Calcutta medical institutions reports 1871-78
Year: 1871
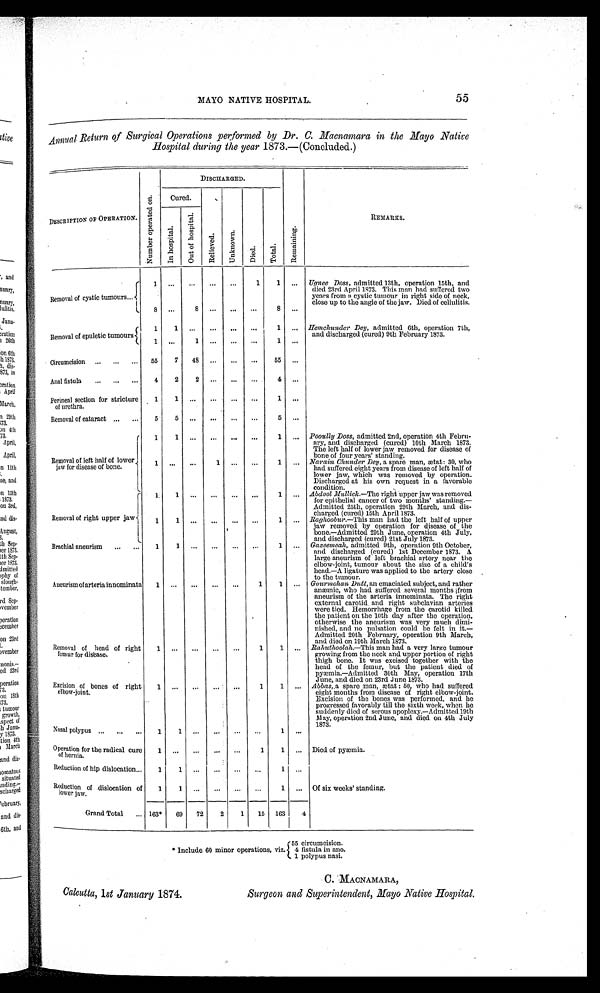
MAYO NATIVE HOSPITAL. 55
Annual Return of Surgical Operations performed by Dr. C. Macnamara in the Mayo Native
Hospital during the year 1873.— (Concluded.)
DESCRIPTION OF OPERATION.
N u m b e r o p e r a t e d o n .
DISCHARGED.
R e m a i n i n g .
REMARKS.
Cured.
Relieved.
Unknown.
D i e d . Total.
I n h o s p i t a l .
O u t o f h o s p i t a l .
Removal of cystic tumours
1 ...
...
...
...
1
1 ... Ugnee Doss, admitted 13th, operation 15th, and
died 23rd April 1873. This man had suffered two
years from a cystic tumour in right side of neck,
close up to the angle of the jaw. Died of cellulitis.
8 ...
8 ...
...
...
8 ...
Removal of epuletic tumours
1
1
. . . ...
...
...
1 ... Hemchunder Dey, admitted 6th, operation 7th,
and discharged (cured) 9th February 1873.
1 ...
1 ...
...
...
1 ...
Circumcision
55
7
48 ...
...
...
55 ...
Anal fistula
4
2
2 ...
...
...
4 ...
Perineal section for stricture
of urethra.
1
1
...
...
...
...
1 ...
Removal of cataract
5
5 ...
...
. . .
. . .
5 ...
Removal of left half of lower
jaw for disease of bone.
1
1 ...
...
... ...
1
...
Pooully Doss, admitted 2nd, operation 4th Febru-
ary, and discharged (cured) 10th March 1873.
The left half of lower jaw removed for disease of
bone of four years' standing.
1
...
...
1 ... ...
1
...
Narain Chunder Dey, a spare man, ætat: 30, who
had suffered eight years from disease of left half of
lower jaw, which was removed by operation.
Discharged at his own request in a favorable
condition.
Removal of right upper jaw
1
1 ...
...
... ...
1
...
Abdool Mullick.—The right upper jaw was removed
for epithelial cancer of two months' standing.—
Admitted 25th, operation 29th March, and dis-
charged (cured) 15th April 1873.
1
1 ...
...
. . .
...
1
... Raghoobur.—This man had the left half of upper
jaw removed by operation for disease of the
bone.—Admitted 29th June, operation 4th July,
and discharged (cured) 21st July 1873.
Brachial aneurism
1
1
...
...
...
...
1
...
Gazeemeah, admitted 9th, operation 9th October,
and discharged (cured) 1st December 1873. A
large aneurism of left brachial artery near the
elbow-joint, tumour about the size of a child's
head.—A ligature was applied to the artery close
to the tumour.
Aneurism of arteria innominata
1
...
...
...
...
1
1
...
Gourmohan Dutt, an emaciated subject, and rather
anæmic, who had suffered several months from
aneurism of the arteria innominata. The right
external carotid and right subclavian arteries
were tied. Hemorrhage from the carotid killed
the patient on the 10th day after the operation,
otherwise the aneurism was very much dimi-
nished, and no pulsation could be felt in it.—
Admitted 20th February, operation 9th March,
and died on 19th March 1873.
Removal of head of right
femur for disease.
1
...
...
...
...
1
1
... Rahuthoolah.—This man had a very large tumour
growing from the neck and upper portion of right
thigh bone. It was excised together with the
head of the femur, but the patient died of
pyæmia.—Admitted 30th May, operation 17th
June, and died on 23rd June 1873.
Excision of bones of right
elbow-joint.
1
...
...
...
. . .
1
1
... Abbas, a spare man, ætat: 50, who had suffered
eight months from disease of right elbow-joint.
Excision of the bones was performed, and he
progressed favorably till the sixth week, when he
suddenly died of serous apoplexy.—Admitted 19th
May, operation 2nd June, and died on 4th July
1873.
Nasal polypus
1
1
. . .
...
. . .
...
1 ...
Operation for the radical cure
of hernia.
1
...
...
. . .
. . .
1
1
...
Died of pyæmia.
Reduction of hip dislocation...
1
1
...
...
...
...
1 ...
Reduction of .dislocation of
lower jaw.
1
1
...
...
... ...
1
...
Of six weeks' standing.
Grand Total
163*
69
72
2
1
15 163
4
55 circumcision.
* Include 60 minor operations, viz. 4 fistula in ano.
1 polypus nasi.
Calcutta, 1st January 1874.
C. MACNAMARA,
Surgeon and Superintendent, Mayo Native Hospital.